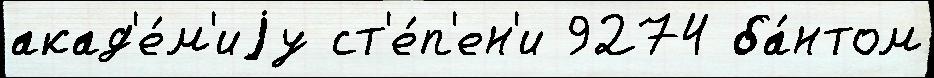
акад'е́м'иjу ст'е́п'ен'и 9274 ба́нтом